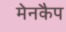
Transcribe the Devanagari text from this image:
मेनकैप